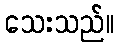
သေးသည်။